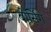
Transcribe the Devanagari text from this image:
बोर्सिग